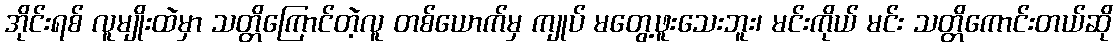
အိုင်းရစ် လူမျိုးထဲမှာ သတ္တိကြောင်တဲ့လူ တစ်ယောက်မှ ကျုပ် မတွေ့ဖူးသေးဘူး၊ မင်းကိုယ် မင်း သတ္တိကောင်းတယ်ဆို